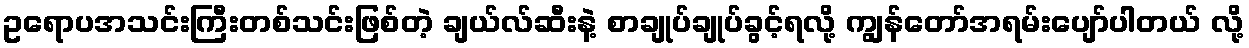
ဥရောပအသင်းကြီးတစ်သင်းဖြစ်တဲ့ ချယ်လ်ဆီးနဲ့ စာချုပ်ချုပ်ခွင့်ရလို့ ကျွန်တော်အရမ်းပျော်ပါတယ် လို့